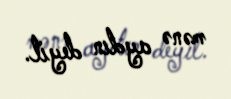
mənə aydın deyil.